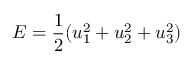
E = \frac { 1 } { 2 } ( u _ { 1 } ^ { 2 } + u _ { 2 } ^ { 2 } + u _ { 3 } ^ { 2 } )